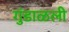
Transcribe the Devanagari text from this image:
गुंडाळली